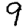
Digit: 9